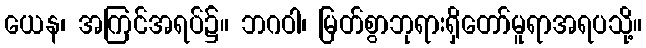
ယေန၊ အကြင်အရပ်၌။ ဘဂဝါ၊ မြတ်စွာဘုရားရှိတော်မူရာအရပသို့။